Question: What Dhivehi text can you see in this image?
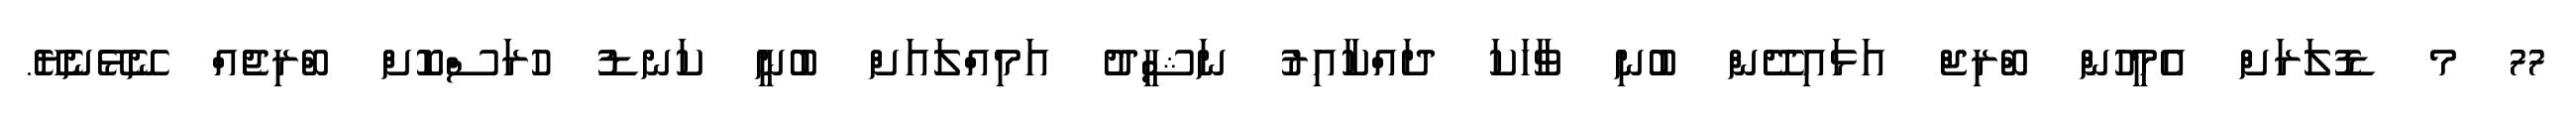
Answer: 77 މ ޑޮލަރަށް އެމީހުން ބްރިޖް އަޅައިދޭން ބުނި ވާހަކަ ދައްކާއިރު ނަޝީދު އަމިއްލައަށް ބުނީ ކަނޑު ހުރަސްކޮށް ބްރިޖެއް ނޭޅޭނެޔޭ.